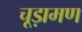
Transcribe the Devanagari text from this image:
चूड़ामण